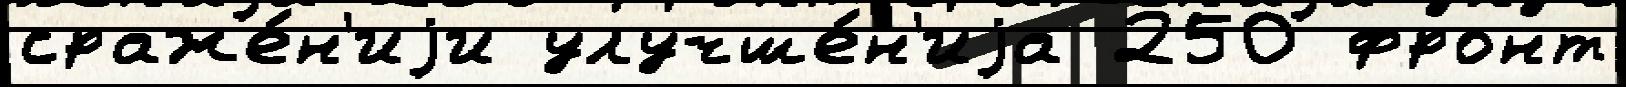
сраже́н'иjи улучше́н'иjа 250 фронт